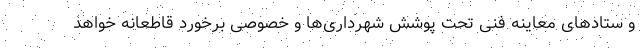
و ستادهای معاینه فنی تحت پوشش شهرداری‌ها و خصوصی برخورد قاطعانه خواهد